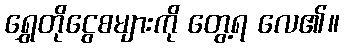
ရွှေတိုငွေစများကို တွေ့ရ လေ၏။